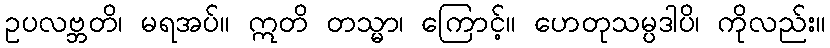
ဥပလဗ္ဘတိ၊ မရအပ်။ ဣတိ တသ္မာ၊ ကြောင့်။ ဟေတုသမ္ပဒါပိ၊ ကိုလည်း။